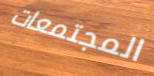
المجتمعات